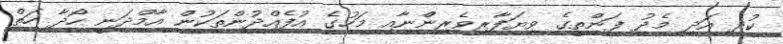
ކުދި އަދި މެދު ފަންތީގެ ވިޔަފާރިވެރިންްނާއި މަހުގެ އުފެއްދުންތަކުން އާމްދަނީ ހޯދާ ހަތް